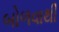
બોળવાથી